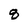
Character: 8